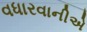
વધારવાનીએ